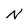
Character: N